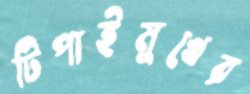
টিপাইমুখের